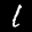
Label: 1